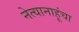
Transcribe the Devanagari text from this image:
नेत्यानाहूंचा